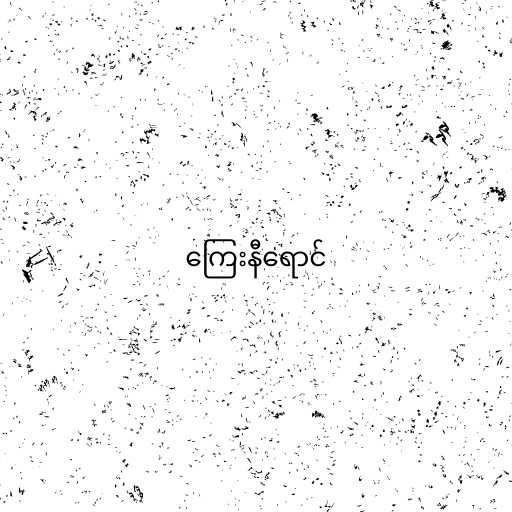
ကြေးနီရောင်